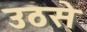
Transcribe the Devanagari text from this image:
उठसे